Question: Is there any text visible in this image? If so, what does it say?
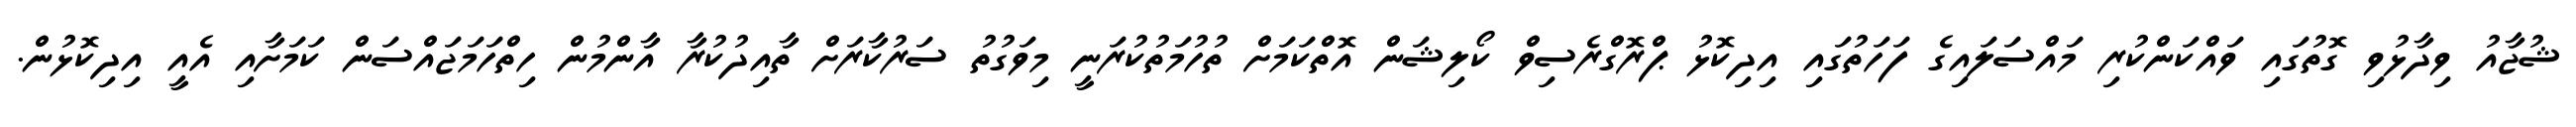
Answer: ޝުޖާއު ވިދާޅުވި ގޮތުގައި ވައްކަންކުރި މައްސަލައިގެ ފަހަތުގައި އިދިކޮޅު ޕްރޮގްރެސިވް ކޯލިޝަން އޮތްކަމަށް ތުހުމަތުކުރަނީ މިވަގުތު ސަރުކާރަށް ތާއިދުކުރާ އާންމުން ހިތްހަމަޖައްސަން ކަމަށާއި އެއީ އިދިކޮޅުން.